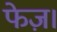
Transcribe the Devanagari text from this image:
फेज़।